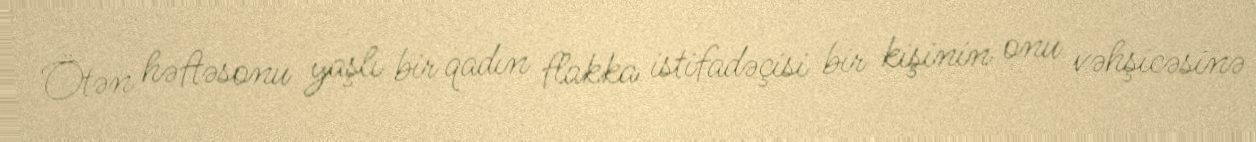
Ötən həftəsonu yaşlı bir qadın flakka istifadəçisi bir kişinin onu vəhşicəsinə